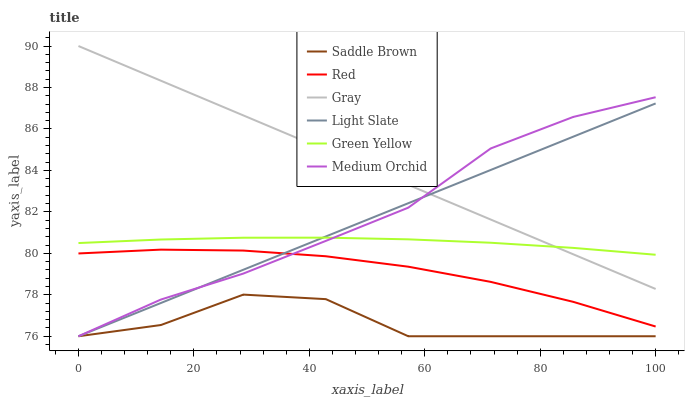
| xaxis_label | Saddle Brown | Red | Gray | Light Slate | Green Yellow | Medium Orchid |
 | --- | --- | --- | --- | --- | --- | --- |
 | 0 | 76 | 80 | 90 | 76 | 80.5 | 76 |
 | 14.3 | 76.5 | 80.2 | 88.3 | 77.6 | 80.7 | 77.8 |
 | 28.6 | 78 | 80.1 | 86.7 | 79.2 | 80.8 | 79 |
 | 42.9 | 77.8 | 79.9 | 85 | 80.8 | 80.8 | 80.6 |
 | 57.1 | 76 | 79.4 | 83.3 | 82.4 | 80.7 | 82.2 |
 | 71.4 | 76 | 78.6 | 81.6 | 84 | 80.5 | 85.1 |
 | 85.7 | 76 | 77.7 | 80 | 85.6 | 80.3 | 86.6 |
 | 100 | 76 | 76.5 | 78.3 | 87.2 | 79.9 | 87.5 |